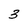
Character: 3